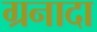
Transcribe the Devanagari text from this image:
ग्रनादा